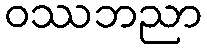
ဝဿဘညာ